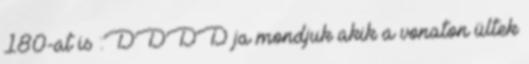
180-at is :DDDD ja mondjuk akik a vonaton ültek